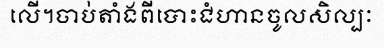
លើ។ចាប់តាំងពីបោះជំហានចូលសិល្បៈ